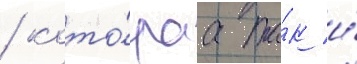
/ кото́раа та́к и́